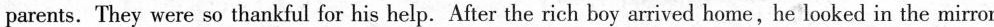
parents. They were so thankful for his help. After the rich boy arrived home, he looked in the mirror